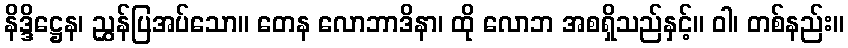
နိဒ္ဒိဋ္ဌေန၊ ညွှန်ပြအပ်သော။ တေန လောဘာဒိနာ၊ ထို လောဘ အစရှိသည်နှင့်။ ဝါ၊ တစ်နည်း။